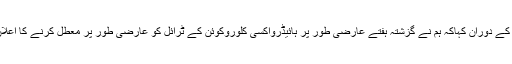
عالمی ادارہ صحت کے سائنسدانوں کی ٹیم کی سربراہ سومیا سوامی ناتھن نے ایک پریس کانفرنس کے دوران کہاکہ ہم نے گزشتہ ہفتے عارضی طور پر ہائیڈروآکسی کلوروکوئن کے ٹرائل کو عارضی طور پر معطل کرنے کا اعلان کیا تھا، جس کی بنیاد چند رپورٹس تھیں جن میں کہا تھا کہ اس سے اموات کی شرح بڑھتی ہے۔